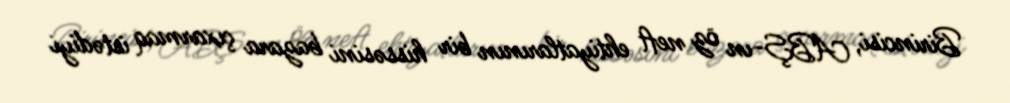
Birincisi, ABŞ-ın öz neft ehtiyatlarının bir hissəsini bazara çıxarmaq istədiyi